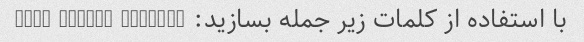
با استفاده از کلمات زیر جمله بسازید: jar, green, kitchen